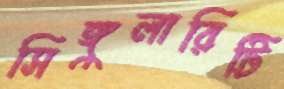
সিঙ্গুলারিটি